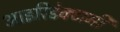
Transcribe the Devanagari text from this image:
आइरिडेक्टामी